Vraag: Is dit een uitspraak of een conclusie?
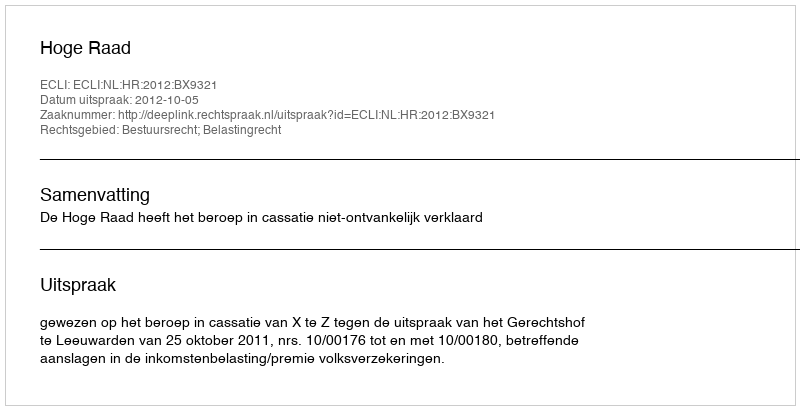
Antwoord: Uitspraak